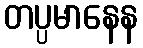
တပ္ပမာနေန